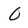
Character: O